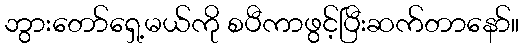
ဘွားတော်ရှေ့မယ်ကို စပီကာဖွင့်ပြီးဆက်တာနော်။